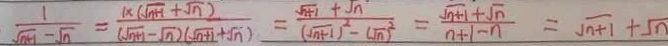
\frac { 1 } { \sqrt { n + 1 } - \sqrt { n } } = \frac { 1 \times ( \sqrt { n + 1 } + \sqrt { n } ) } { ( \sqrt { n + 1 } - \sqrt { n } ) ( \sqrt { n } + \sqrt { n } ) } = \frac { \sqrt { n + 1 } + \sqrt { n } } { ( \sqrt { n + 1 } ) ^ { 2 } - ( \sqrt { n } ) ^ { 2 } } = \frac { \sqrt { n + 1 } + \sqrt { n } } { n + 1 - n } = \sqrt { n + 1 } + \sqrt { n }